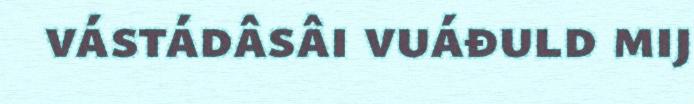
vástádâsâi vuáđuld mij